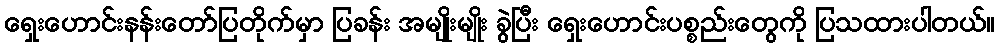
ရှေးဟောင်းနန်းတော်ပြတိုက်မှာ ပြခန်း အမျိုးမျိုး ခွဲပြီး ရှေးဟောင်းပစ္စည်းတွေကို ပြသထားပါတယ်။